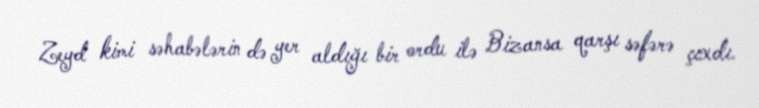
Zeyd kimi səhabələrin də yer aldığı bir ordu ilə Bizansa qarşı səfərə çıxdı.